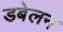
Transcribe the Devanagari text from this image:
डबेलन